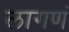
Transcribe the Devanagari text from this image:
लागणं